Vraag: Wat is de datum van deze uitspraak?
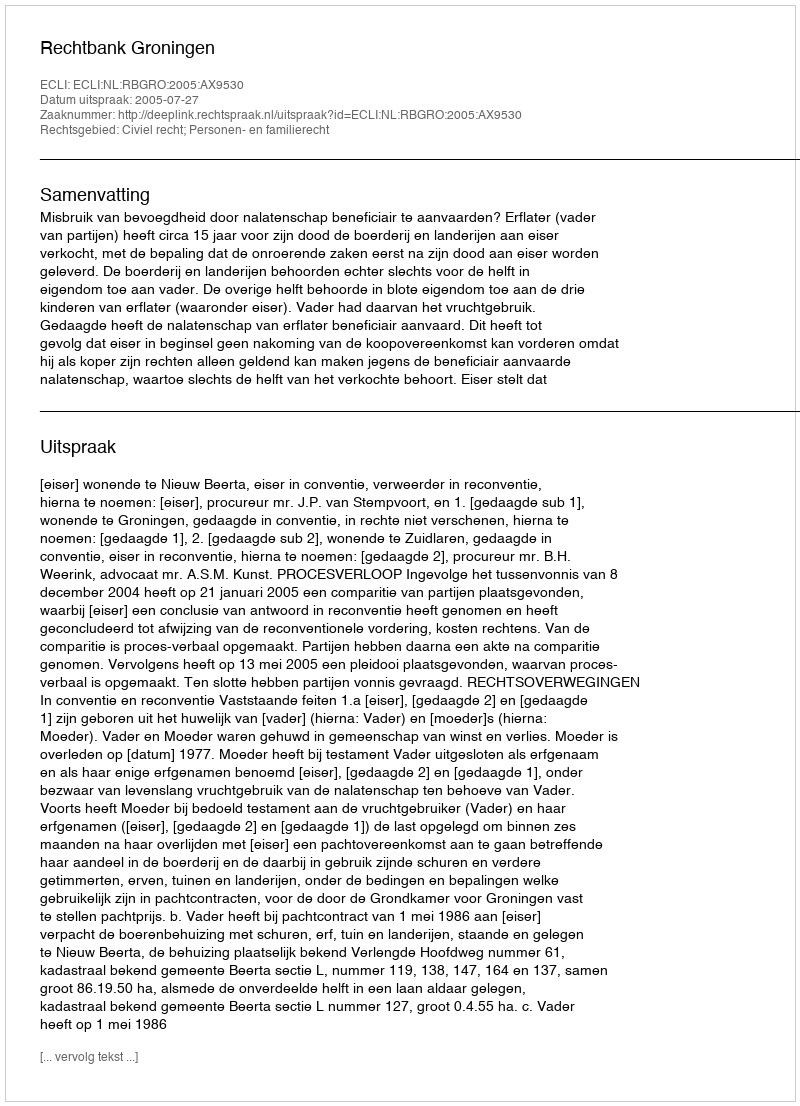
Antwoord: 2005-07-27